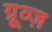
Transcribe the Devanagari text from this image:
ग्रूव्ज़